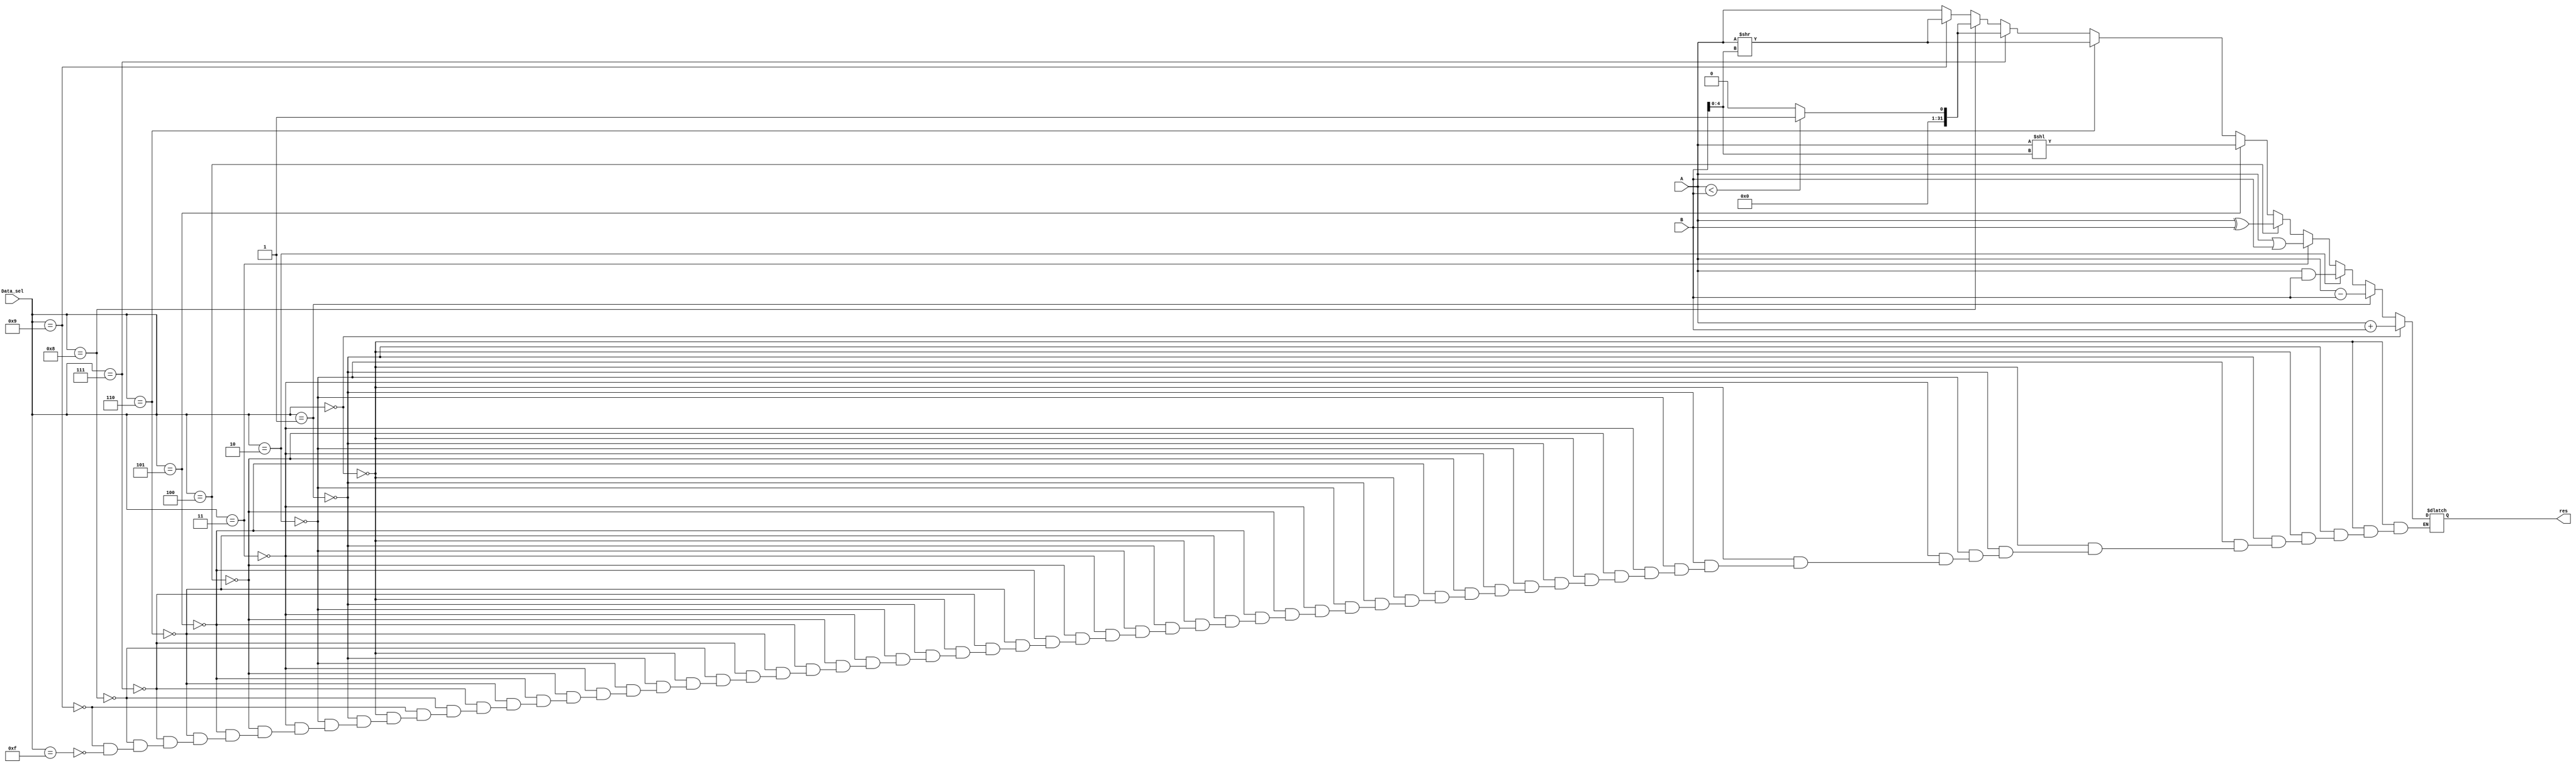
// ALU
module alu_design (
  input wire [31:0]A, 
  input wire [31:0]B,
  input wire [3:0]Data_sel,
  output reg [31:0]res
);
  always @(*) begin
    if (Data_sel== 4'b0000) begin
      res=A+B; 
    end
    else if (Data_sel== 4'b0001) begin
        res=A-B; 
    end
    else if (Data_sel== 4'b0010) begin
        res=A & B;
    end
    else if (Data_sel== 4'b0011) begin
        res=A|B; 
    end
    else if (Data_sel== 4'b0100) begin
        res=A^B; 
    end
    else if (Data_sel== 4'b0101) begin
      res=A<<B[4:0];       
    end
    else if (Data_sel== 4'b0110) begin
      res=A>>B[4:0];       
    end
    else if (Data_sel== 4'b0111) begin
       res=(A<B)?1:0;   
    end
    else if (Data_sel== 4'b1000) begin
      res=$unsigned(A<B)?1:0; 
    end
    else if (Data_sel== 4'b1001) begin
      res=A>>B[4:0];   
    end
     else if (Data_sel== 4'b1111) begin
      res=A; 
    end
  end
endmodule